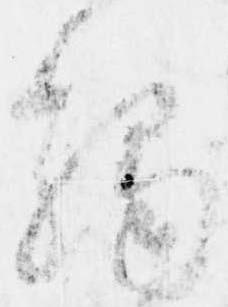
触